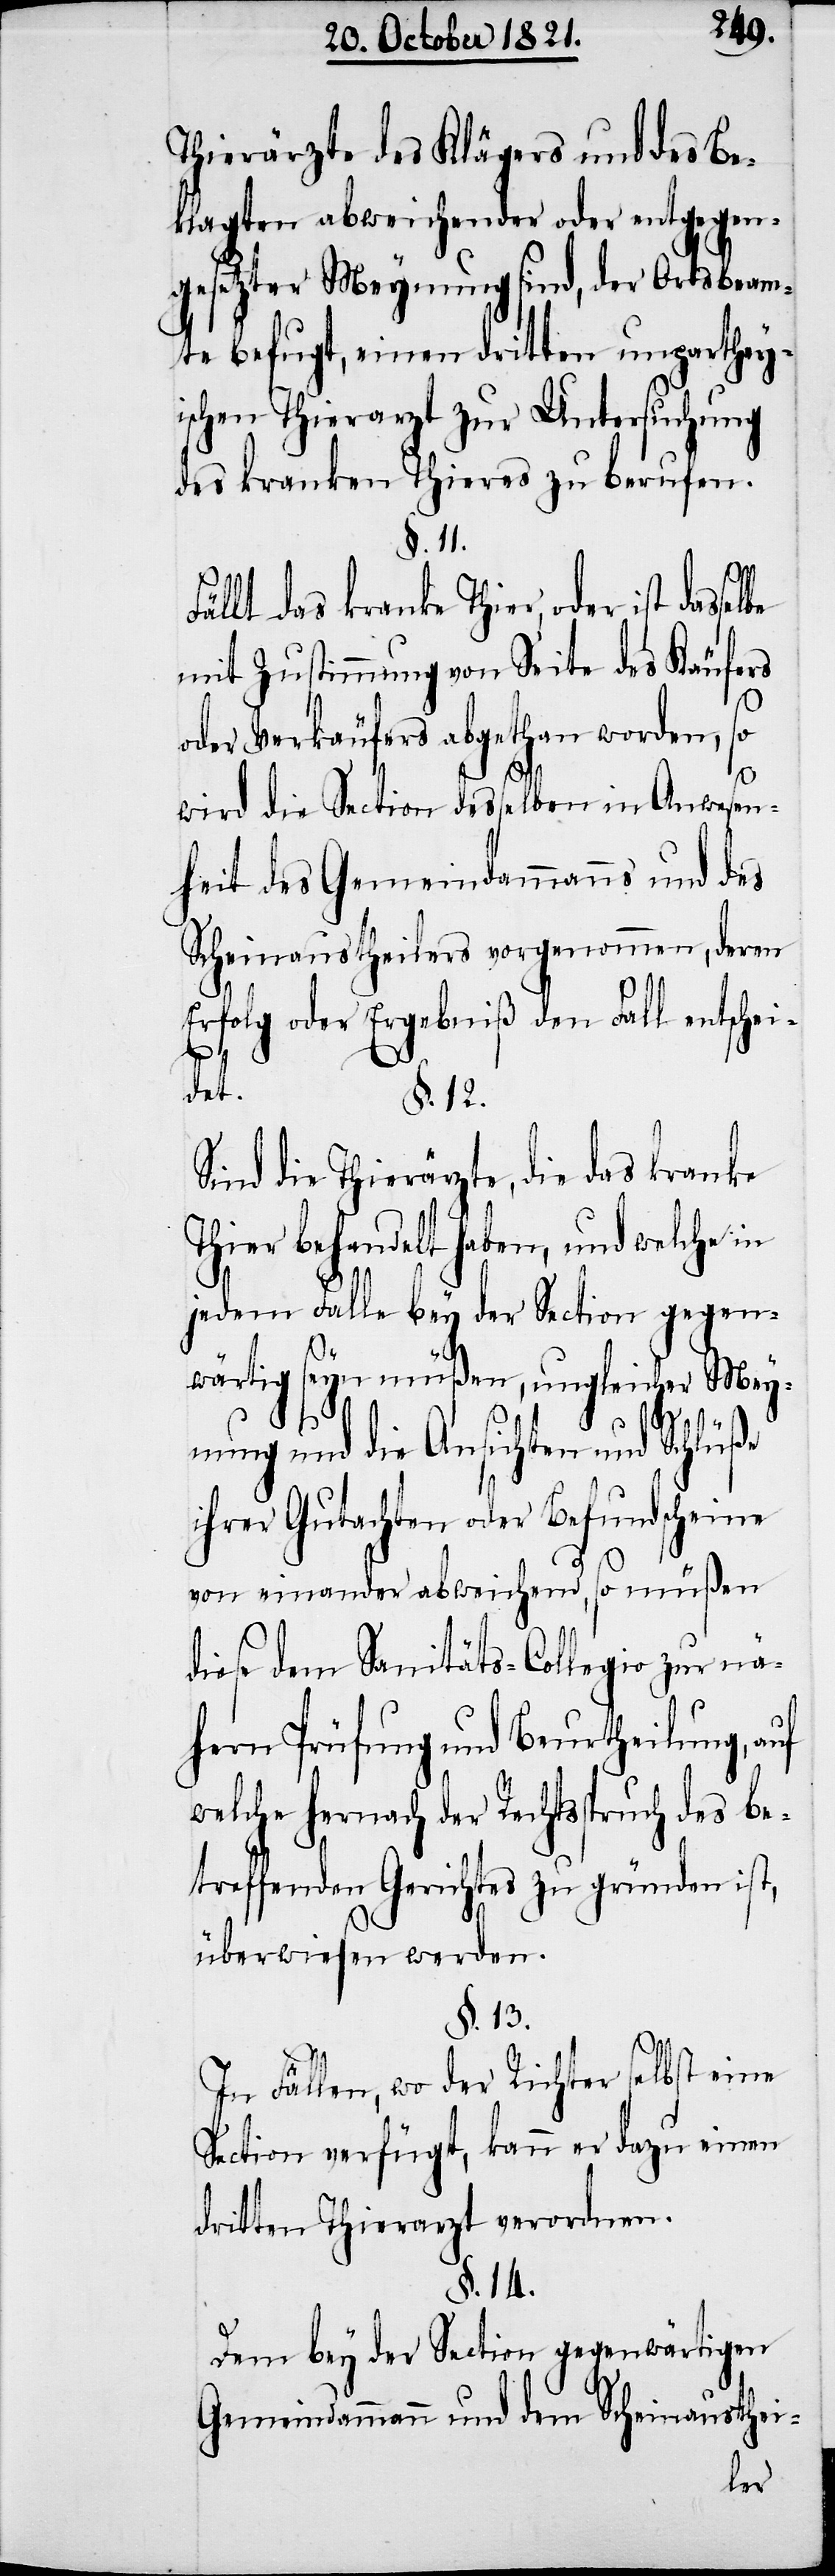
Thierärzte des Klägers und des Be¬
klagten abweichender oder entgegen¬
gesetzter Meynung sind, der Ortsbeam¬
te befugt, einen dritten unparthey¬
ischen Thierarzt zur Untersuchung
des kranken Thiers zu berufen.
§. 11.
Fällt das kranke Thier, oder ist
mit Zustimmung von Seite des Käufers
oder Verkäufers abgethan worden, so
wird die Section desselben in Anwesen¬
heit des Gemeindammanns und des
Scheinaustheilers vorgenommen, deren
Erfolg oder Ergebniß den Fall entschei¬
det.
§. 12.
Sind die Thierärzte, die das kranke
behandelt haben, und welche
jedem Falle bey der Section gegen¬
wärtig seyn müßen, ungleicher Mey¬
nung und die Ansichten und Schlüße
ihrer Gutachten oder Befundscheine
von einander abweichend, so müßen
diese dem Sanitäts-Collegio zu nä¬
herer Prüfung und Beurtheilung, auf
welche hernach der Rechtsspruch des be¬
treffenden Gerichtes zu gründen ist,
überwiesen werden.
§. 13.
In Fällen, wo der Richter selbst eine
Section verfügt, kann er dazu einen
dritten Thierarzt verordnen.
§. 14.
Dem bey der Section gegenwärtigen
Gemeindammann und dem Scheinausthei-